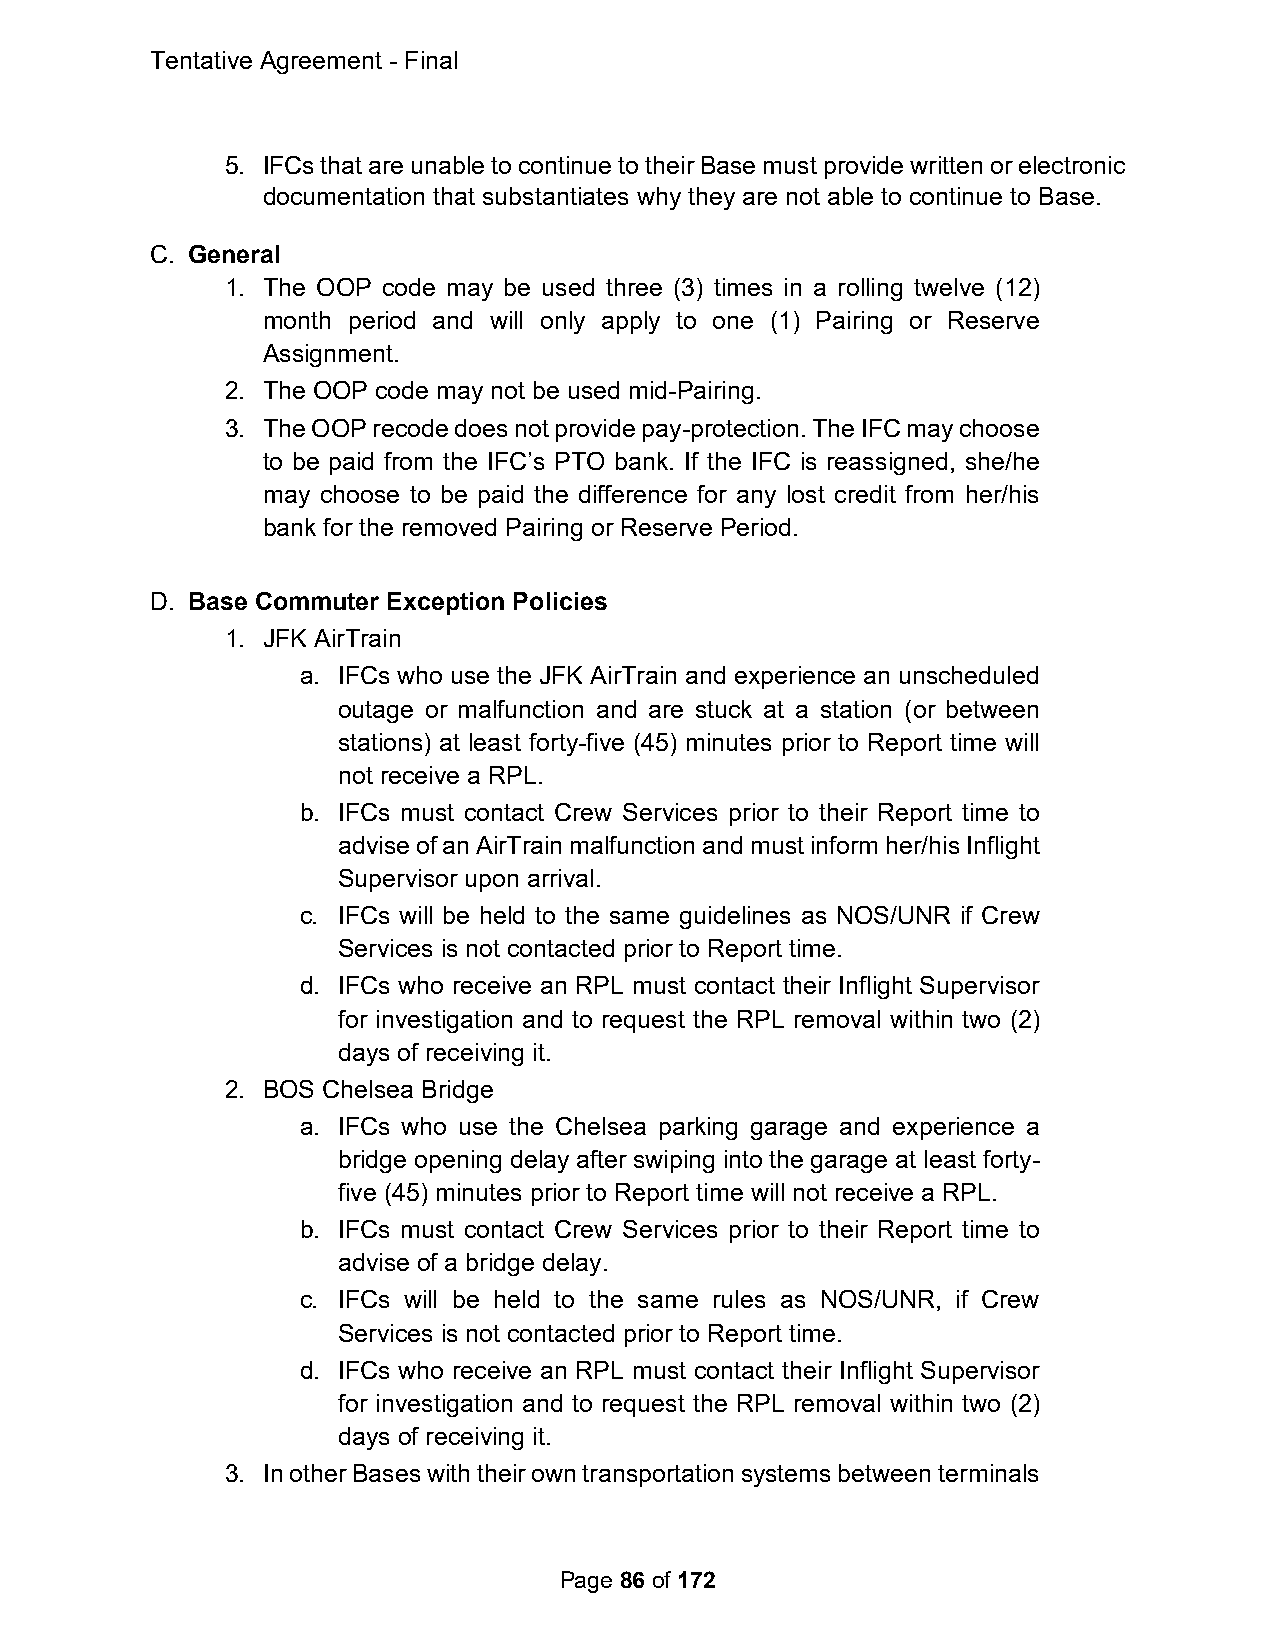
Tentative Agreement - Final
 5. IFCs that are unable to continue to their Base must provide written or electronic
 documentation that substantiates why they are not able to continue to Base.
 C. General
 1. The OOP code may be used three (3) times in a rolling twelve (12)
 month period and will only apply to one (1) Pairing or Reserve
 Assignment.
 2. The OOP code may not be used mid-Pairing.
 3. The OOP recode does not provide pay-protection. The IFC may choose
 to be paid from the IFC’s PTO bank. If the IFC is reassigned, she/he
 may choose to be paid the difference for any lost credit from her/his
 bank for the removed Pairing or Reserve Period.
 D. Base Commuter Exception Policies
 1. JFK AirTrain
 a. IFCs who use the JFK AirTrain and experience an unscheduled
 outage or malfunction and are stuck at a station (or between
 stations) at least forty-five (45) minutes prior to Report time will
 not receive a RPL.
 b. IFCs must contact Crew Services prior to their Report time to
 advise of an AirTrain malfunction and must inform her/his Inflight
 Supervisor upon arrival.
 c. IFCs will be held to the same guidelines as NOS/UNR if Crew
 Services is not contacted prior to Report time.
 d. IFCs who receive an RPL must contact their Inflight Supervisor
 for investigation and to request the RPL removal within two (2)
 days of receiving it.
 2. BOS Chelsea Bridge
 a. IFCs who use the Chelsea parking garage and experience a
 bridge opening delay after swiping into the garage at least forty-
 five (45) minutes prior to Report time will not receive a RPL.
 b. IFCs must contact Crew Services prior to their Report time to
 advise of a bridge delay.
 c. IFCs will be held to the same rules as NOS/UNR, if Crew
 Services is not contacted prior to Report time.
 d. IFCs who receive an RPL must contact their Inflight Supervisor
 for investigation and to request the RPL removal within two (2)
 days of receiving it.
 3. In other Bases with their own transportation systems between terminals
 Page 86 of 172